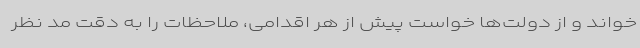
خواند و از دولت‌ها خواست پیش از هر اقدامی، ملاحظات را به دقت مد نظر